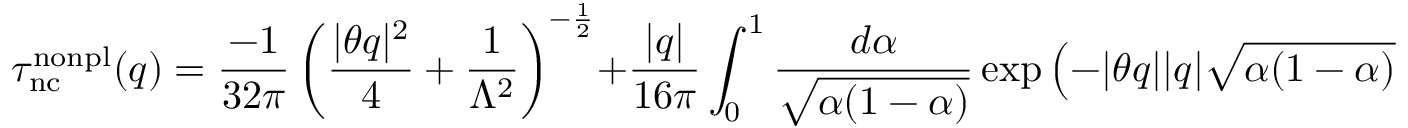
\tau _ { \mathrm { n c } } ^ { \mathrm { n o n p l } } ( q ) = \frac { - 1 } { 3 2 \pi } \left( \frac { | \theta q | ^ { 2 } } { 4 } + \frac { 1 } { \Lambda ^ { 2 } } \right) ^ { - \frac 1 2 } + \frac { | q | } { 1 6 \pi } \int _ { 0 } ^ { 1 } \frac { d \alpha } { \sqrt { \alpha ( 1 - \alpha ) } } \exp \left( - | \theta q | | q | \sqrt { \alpha ( 1 - \alpha ) } \right)